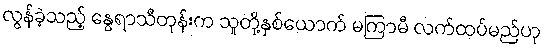
လွန်ခဲ့သည့် နွေရာသီတုန်းက သူတို့နှစ်ယောက် မကြာမီ လက်ထပ်မည်ဟု